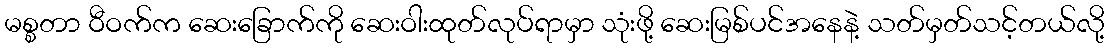
မစ္စတာ ဝီဝက်က ဆေးခြောက်ကို ဆေးဝါးထုတ်လုပ်ရာမှာ သုံးဖို့ ဆေးမြစ်ပင်အနေနဲ့ သတ်မှတ်သင့်တယ်လို့